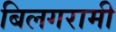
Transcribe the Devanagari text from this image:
बिलगरामी